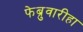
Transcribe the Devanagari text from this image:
फेब्रुवारीहा